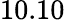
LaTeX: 10.10